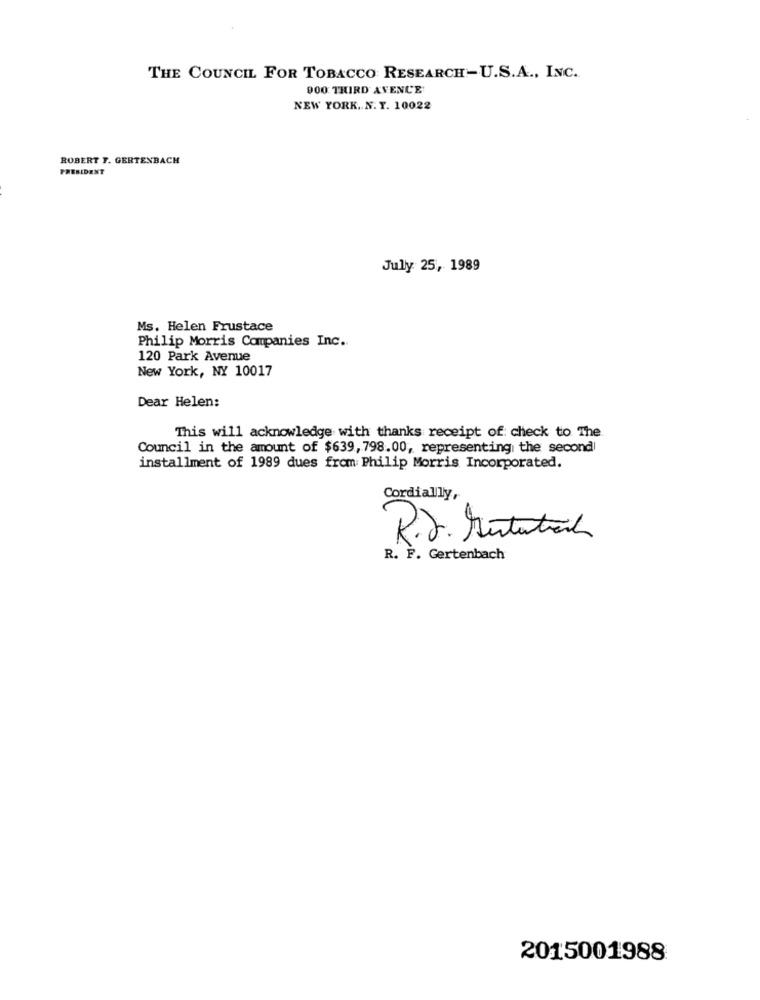
THE COUNCIL FOR TOBACCO RESEARCH -U.S.A ., INC.
900 THIRD AVENUE
NEW YORK. N. Y. 10022
ROBERT F. GERTENBACH
PRESIDENT
Jully 25, 1989
Ms. Helen Frustace
Philip Morris Companies Inc.
120 Park Avenue
New York, NY 10017
Dear Helen:
This will acknowledge with thanks receipt of check to The
Council in the amount of $639, 798.00, representing the second
installment of 1989 dues from Philip Morris Incorporated.
Cordially,
R.J. Mentestrich
R. F. Gertenbach
2015001988